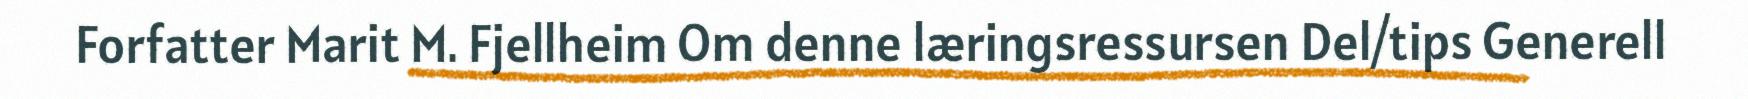
Forfatter Marit M. Fjellheim Om denne læringsressursen Del/tips Generell